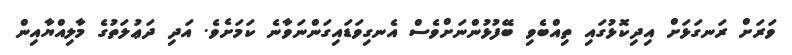
ވަރަށް ރަނގަޅަށް އިދިކޮޅުގައި ތިއްބެވި ބޭފުޅުންނަށްވެސް އެނގިވަޑައިގަންނަވާނެ ކަމަށެވެ. އަދި ދަޢުލަތުގެ މާލިއްޔާއިން